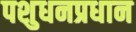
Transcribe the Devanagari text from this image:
पशुधनप्रधान